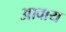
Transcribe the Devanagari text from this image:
आवाय